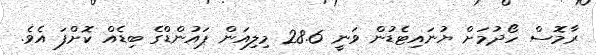
ރާމޮސް ހޯދުމަށް ޔުނައިޓެޑުން ވަނީ 28.6 މިލިއަން ޕައުންޑްގެ ބިޑެއް ކޮށްފަ އެވެ.